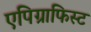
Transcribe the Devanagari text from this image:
एपिग्राफिस्ट